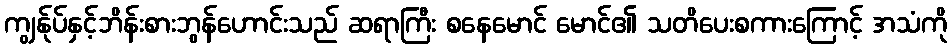
ကျွန်ုပ်နှင့်ဘိန်းစားဘွန်ဟောင်းသည် ဆရာကြီး စနေမောင် မောင်၏ သတိပေးစကားကြောင့် အသံကို